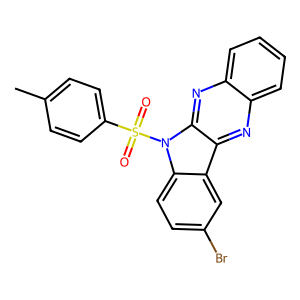
SMILES: Cc1ccc(S(=O)(=O)n2c3ccc(Br)cc3c3nc4ccccc4nc32)cc1
Inhibits HIV replication: No